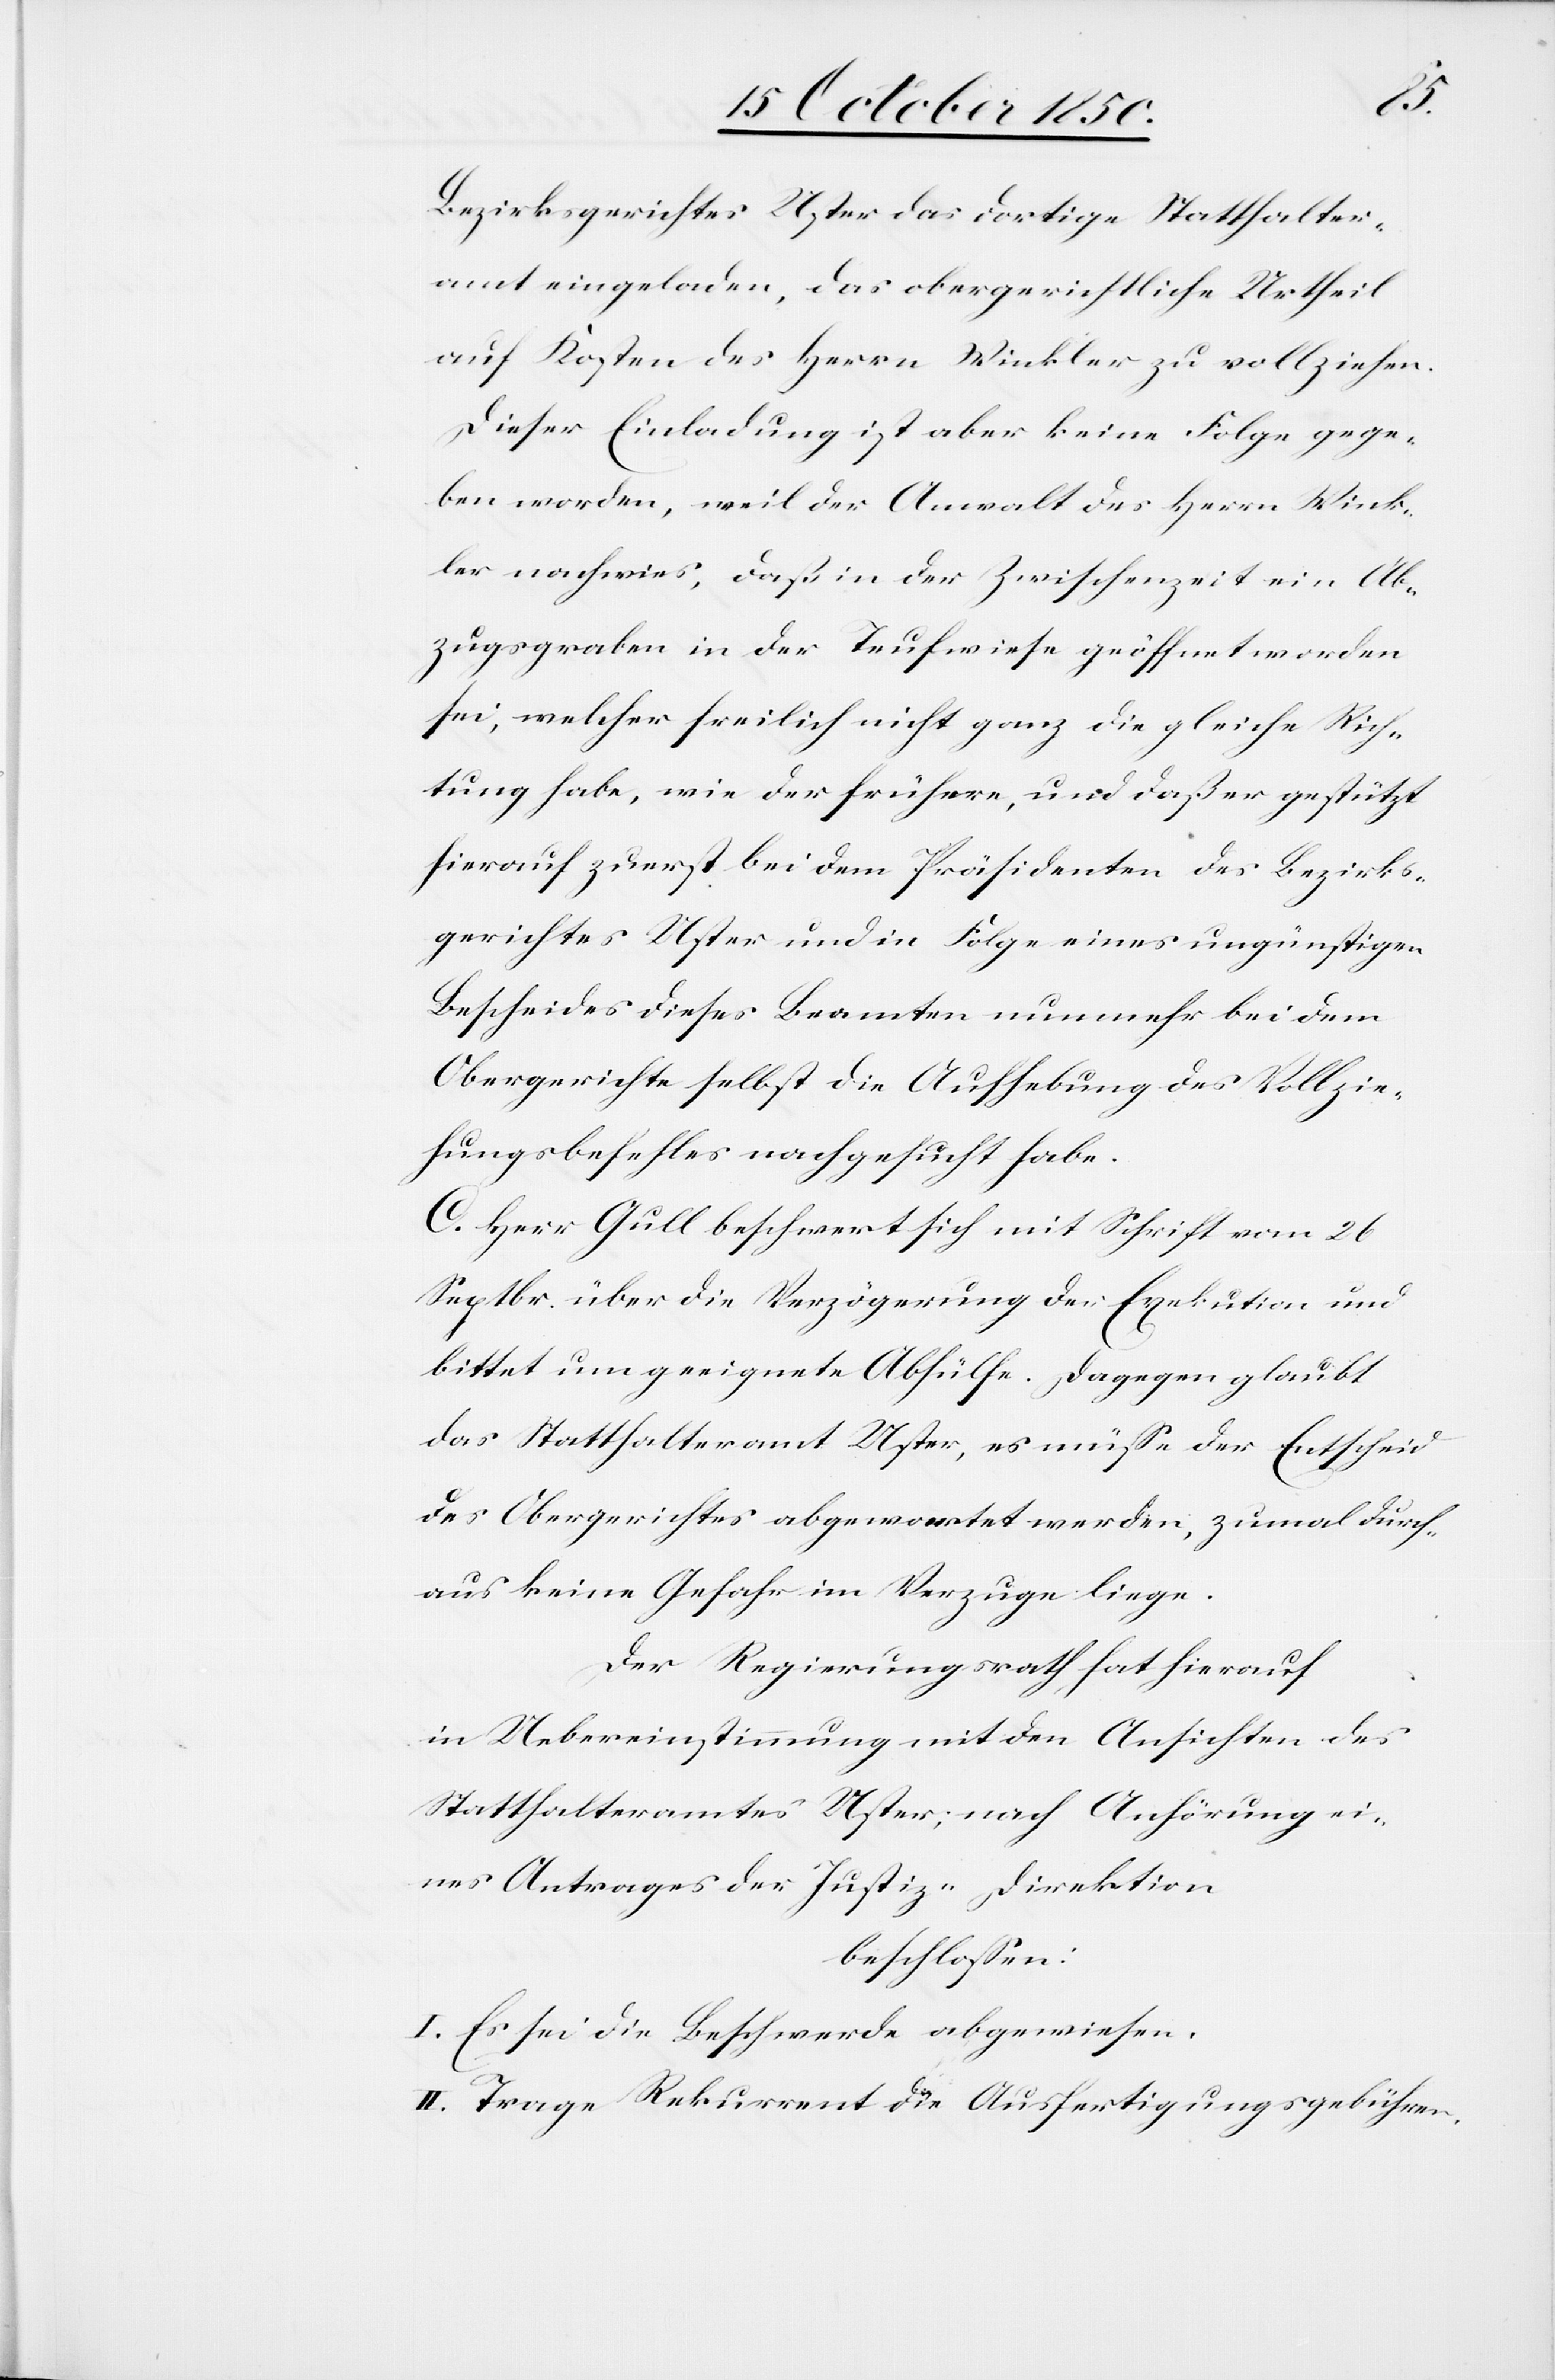
Bezirksgerichtes Uster das dortige Statthalter¬
amt eingeladen, das obergerichtliche Urtheil
auf Kosten des Herrn Winkler zu vollziehen.
Dieser Einladung ist aber keine Folge gege¬
ben worden, weil der Anwalt des Herrn Wink¬
ler nachwies, daß in der Zwischenzeit ein Ab¬
zugsgraben in der Teufwiese geöffnet worden
sei, welcher freilich nicht ganz die gleiche Rich¬
tung habe, wie der frühere, und daß er gestützt
hierauf zuerst bei dem Präsidenten des Bezirks¬
gerichtes Uster und in Folge eines ungünstigen
Bescheides dieses Beamten nunmehr bei dem
Obergerichte selbst die Aufhebung des Vollzie¬
hungsbefehles nachgesucht habe.
C. Herr Gull beschwert sich mit Schrift vom 26
Septbr. über die Verzögerung der Exekution und
bittet ungeeignete Abhülfe. Dagegen glaubt
das Statthalteramt Uster, es müsse der Entscheid
des Obergerichts abgewertet werden, zumal durch¬
aus keine Gefahr im Verzuge liege.
Der Regierungsrath hat hierauf
in Uebereinstimmung mit den Ansichten des
eines Antrages der Justiz-Direktion
beschlossen:
I. Es sei die Beschwerde abgewiesen.
II. Trage Rekurrent die Ausfertigungsgebühren.